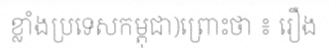
ខ្លាំងប្រទេសកម្ពុជា)ព្រោះថា ៖ រឿង